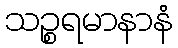
သဉ္စရမာနာနံ